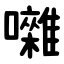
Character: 囃